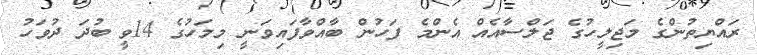
ރައްޔިތުންގެ މަޖިލީހުގެ ޖަލްސާއެއް އެންމެ ފަހުން ބާއްވާފައިވަނީ މިމަހުގެ 14ވީ ބުދަ ދުވަހު